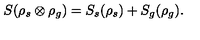
S ( \rho _ { s } \otimes \rho _ { g } ) = S _ { s } ( \rho _ { s } ) + S _ { g } ( \rho _ { g } ) .